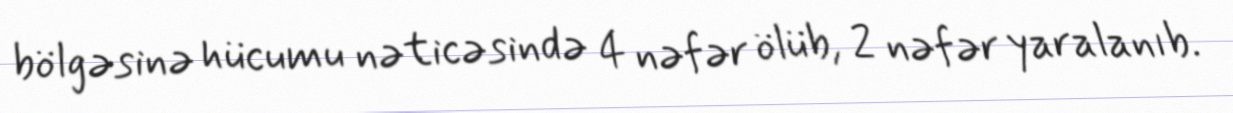
bölgəsinə hücumu nəticəsində 4 nəfər ölüb, 2 nəfər yaralanıb.